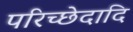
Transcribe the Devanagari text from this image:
परिच्छेदादि